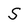
Character: S